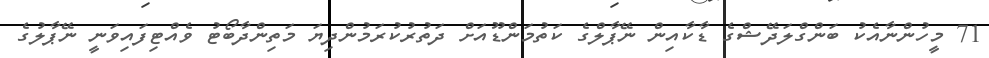
71 މީހުންނާއެކު ބަންގްލަދޭޝްގެ ޑާކާއިން ނޭޕާލްގެ ކަތުމަންޑޫއަށް ދަތުރުކުރަމުންދިޔަ މަތިންދާބޯޓު ވެއްޓިފައިވަނީ ނޭޕާލުގެ